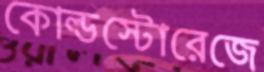
কোল্ডস্টোরেজে